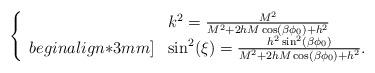
LaTeX: \begin{align*}\left \{\begin{array}{ll}& k^2 = \frac{M^2}{M^2 + 2hM \cos (\beta\phi_0) + h^2} \\begin{align*}3mm]&\sin^2 (\xi) = \frac{h^2 \sin^2(\beta \phi_0)}{M^2 + 2hM \cos (\beta\phi_0) + h^2}. \end{array}\right.\end{align*}